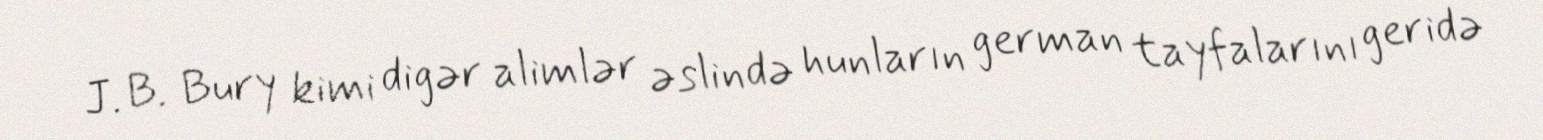
J. B. Bury kimi digər alimlər əslində hunların german tayfalarını geridə